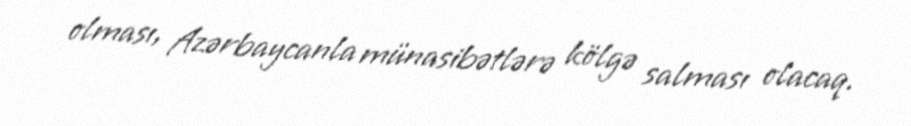
olması, Azərbaycanla münasibətlərə kölgə salması olacaq.